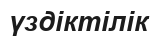
үздіктілік